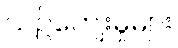
ယဉ်ကျေးမှုများ